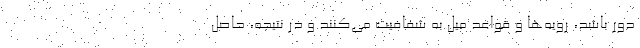
دور باشد، رویه‌ها و قواعد میل به شفافیت می‌کنند و در نتیجه، حاصل